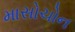
માસોચોન